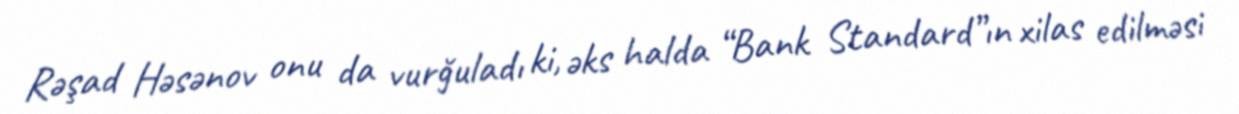
Rəşad Həsənov onu da vurğuladı ki, əks halda “Bank Standard”ın xilas edilməsi